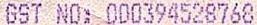
GST NO: 000394528768